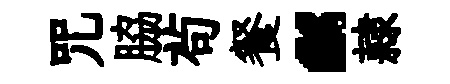
咒脇茍餐“隷